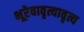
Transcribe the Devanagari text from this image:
भूरेवावृत्यावृत्य